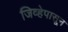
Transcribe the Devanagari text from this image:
जिव्हेपासून